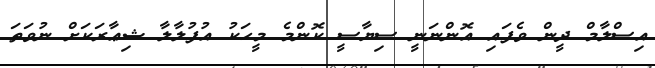
އިސްލާމް ދީން ވެފައި އޮންނަނީ ސިޔާސީ ކޮންމެ މީހަކު އުފުލާލާ ޝިޢާރަކަށް ނުވަތަ